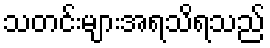
သတင်းများအရသိရသည်